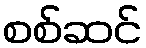
စစ်ဆင်